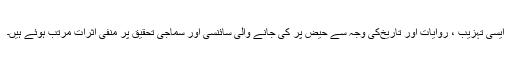
ایسی تہزیب ، روایات اور تاریخ‌کی وجہ سے حیض پر کی جانے والی سائنسی اور سماجی تحقیق پر منفی اثرات مرتب ہوئے ہیں۔